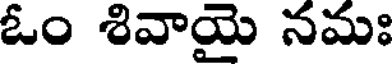
ఓం శివాయై నమః